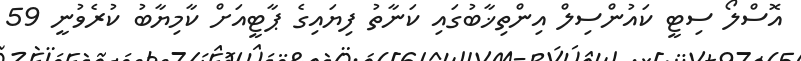
އޮސްލޯ ސިޓީ ކައުންސިލް އިންތިޚާބުގައި ކަނާތު ފިޔައިގެ ޕާޓީއަށް ކާމިޔާބު ކުރެވުނީ 59